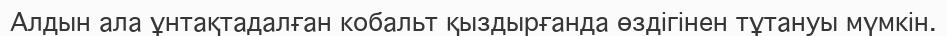
Алдын ала ұнтақтадалған кобальт қыздырғанда өздігінен тұтануы мүмкін.